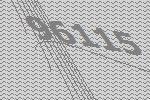
96115